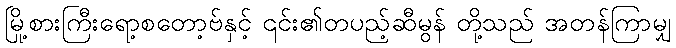
မြို့စားကြီးရော့စတော့ဗ်နှင့် ၎င်း၏တပည့်ဆီမွန် တို့သည် အတန်ကြာမျှ